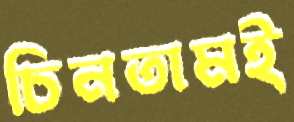
চিনতামই